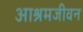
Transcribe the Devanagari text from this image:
आश्रमजीवन